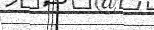
.        .